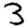
Digit: 3